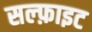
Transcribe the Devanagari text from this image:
सल्फ़ाइट